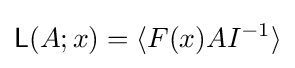
{\mathsf {L}}(A;x)=\langle F(x)AI^{-1}\rangle